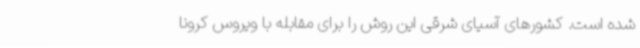
شده است. کشورهای آسیای شرقی این روش را برای مقابله با ویروس کرونا